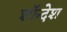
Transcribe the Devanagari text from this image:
शॉन्देश